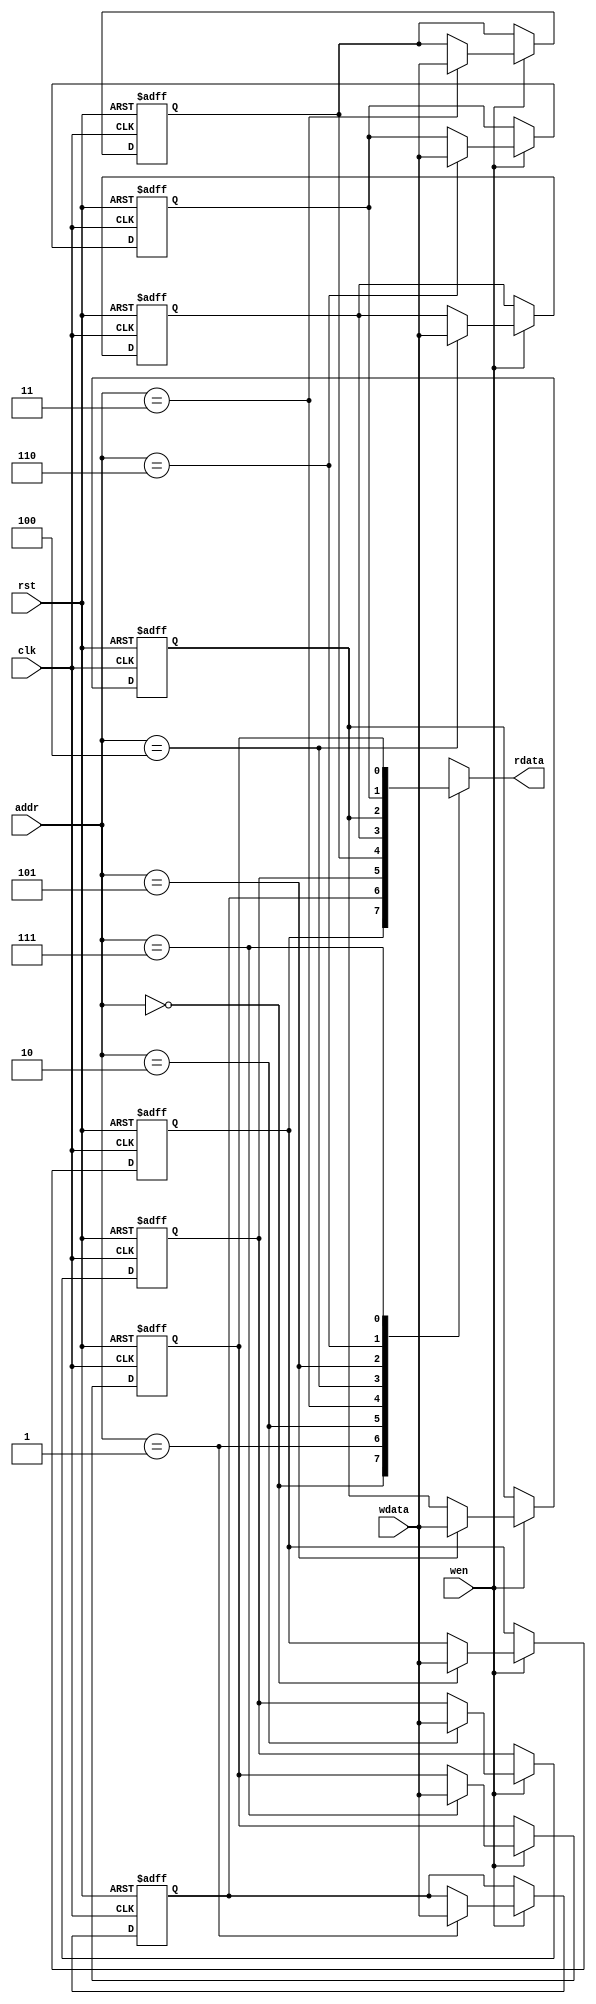
module WIsMatch
#(
  parameter Kw =8,
  parameter Km =8,
  parameter M  =8,
  parameter W  =8
)
(
  clk,
  rst,
  addr,
  wdata,
  wen,
  rdata
);
  function integer log2;
    input [31:0] value;
    reg [31:0] temp;
  begin
    temp = value - 1;
    for (log2=0; temp>0; log2=log2+1)
      temp = temp>>1;
  end
  endfunction
  localparam logM = log2(M);
  localparam logW = log2(W);
  localparam logKm = log2(Km);
  localparam logKw = log2(Kw);
  input clk,rst;
  input [logW-1:0] addr;
  input wdata;
  input wen;
  output rdata;
  reg wIsMatch[W-1:0]; 
  integer k;
  always @(posedge clk or posedge rst) begin
    if (rst) begin
      for (k=0;k<W;k=k+1) begin :always_line
        wIsMatch[k] <= 1'b0;
      end
    end
    else if (wen) begin
      wIsMatch[addr] <= wdata;
    end
  end
  assign rdata = wIsMatch[addr];
endmodule